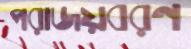
পরাজয়বরণ